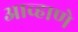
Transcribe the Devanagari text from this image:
आव्हाणे